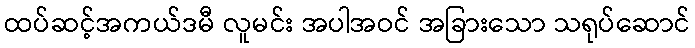
ထပ်ဆင့်အကယ်ဒမီ လူမင်း အပါအဝင် အခြားသော သရုပ်ဆောင်